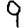
Digit: 9